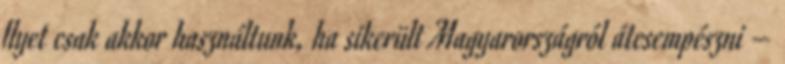
Ilyet csak akkor használtunk, ha sikerült Magyarországról átcsempészni –